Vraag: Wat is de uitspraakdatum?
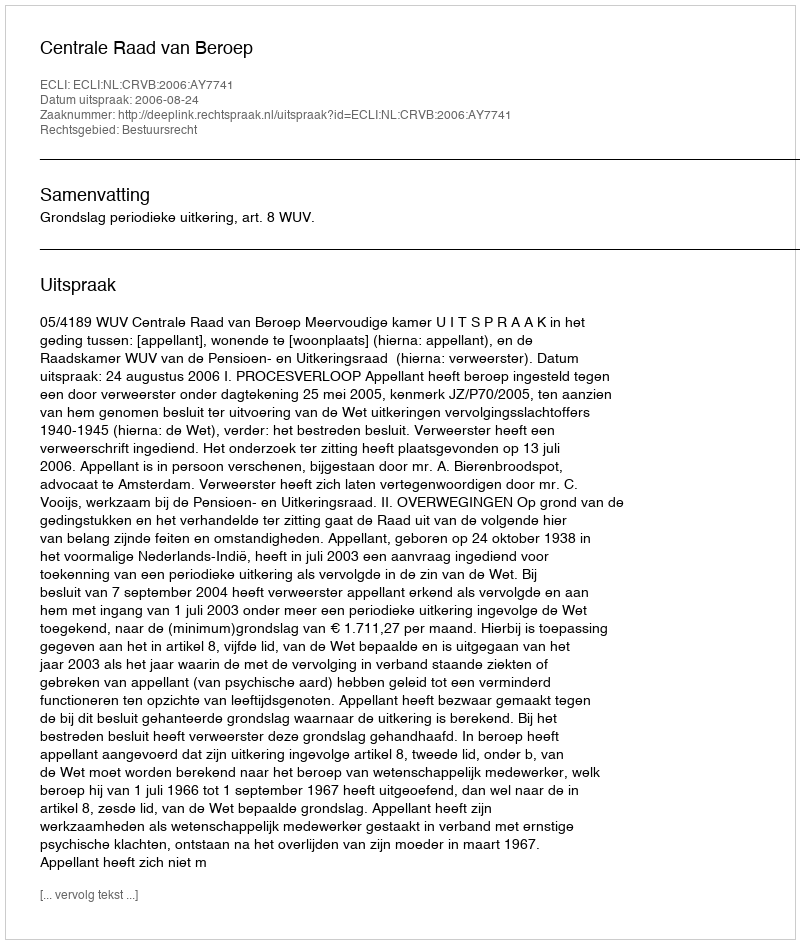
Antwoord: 2006-08-24